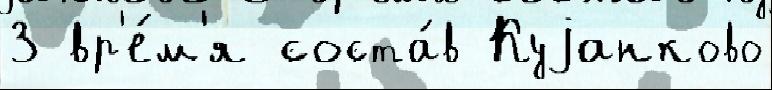
3 вр'е́м'я соста́в Куjанково